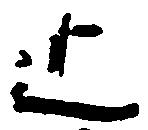
止